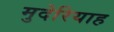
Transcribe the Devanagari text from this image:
मुदेरियाह